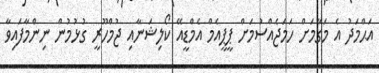
އަޙްމަދު އެ މަގާމަށް ހަމަޖެއްސުމަށް ޕީޕީއެމް އެމްޑީއޭ ކޯލިޝަނާއި ޖުމްހޫރީ ގުޅުމުން ނިންމާފައިވާ